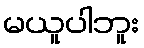
မယူပါဘူး